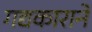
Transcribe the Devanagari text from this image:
गद्यकाराने